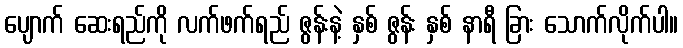
ပျောက် ဆေးရည်ကို လက်ဖက်ရည် ဇွန်းနဲ့ နှစ် ဇွန်း နှစ် နာရီ ခြား သောက်လိုက်ပါ။